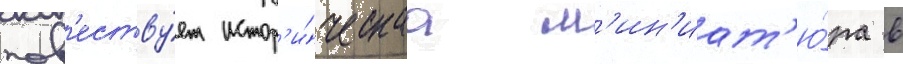
пов'еству́ет истор'и́ческаа м'ин'иат'ю́ра в